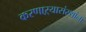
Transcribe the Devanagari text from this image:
करणाऱ्यासंस्थांना